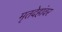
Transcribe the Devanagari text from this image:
मृतदेहांवर